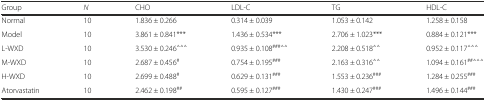
<table><thead><tr><td><b>Group</b></td><td><b><i>N</i></b></td><td><b>CHO</b></td><td><b>LDL-C</b></td><td><b>TG</b></td><td><b>HDL-C</b></td></tr></thead><tbody><tr><td>Normal</td><td>10</td><td>1.836 ± 0.266</td><td>0.314 ± 0.039</td><td>1.053 ± 0.142</td><td>1.258 ± 0.158</td></tr><tr><td>Model</td><td>10</td><td>3.861 ± 0.841***</td><td>1.436 ± 0.534***</td><td>2.706 ± 1.023***</td><td>0.884 ± 0.121***</td></tr><tr><td>L-WXD</td><td>10</td><td>3.530 ± 0.246<sup>△△△</sup></td><td>0.935 ± 0.108<sup>###△△</sup></td><td>2.208 ± 0.518<sup>△△</sup></td><td>0.952 ± 0.117<sup>△△△</sup></td></tr><tr><td>M-WXD</td><td>10</td><td>2.687 ± 0.456<sup>#</sup></td><td>0.754 ± 0.195<sup>###</sup></td><td>2.163 ± 0.316<sup>△△</sup></td><td>1.094 ± 0.161<sup>##△△△</sup></td></tr><tr><td>H-WXD</td><td>10</td><td>2.699 ± 0.488<sup>#</sup></td><td>0.629 ± 0.131<sup>###</sup></td><td>1.553 ± 0.236<sup>###</sup></td><td>1.284 ± 0.255<sup>###</sup></td></tr><tr><td>Atorvastatin</td><td>10</td><td>2.462 ± 0.198<sup>##</sup></td><td>0.595 ± 0.127<sup>###</sup></td><td>1.430 ± 0.247<sup>###</sup></td><td>1.496 ± 0.144<sup>###</sup></td></tr></tbody></table>